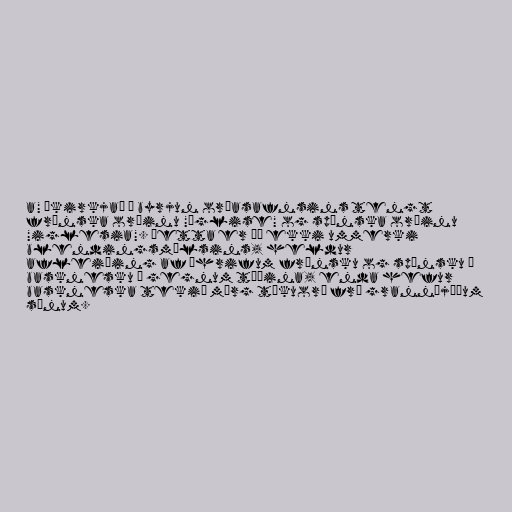
a" „kirkja“ í byrjun orðasafnsins tengt
frönska orðinu "église" og spænska orðinu
"iglesia". Þetta er þó ekki ummerki
blendingsmálsins, heldur
afleiðing af áhrifum frönsku og spænsku á
basknesku í gegnum tíðina, enda hefur
baskneska tekið mörg tökuorð frá grannþjóðum
sínum.